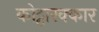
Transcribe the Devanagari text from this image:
कोट्टारक्कार